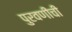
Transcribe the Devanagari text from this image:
पुरवणीची